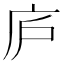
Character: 庐